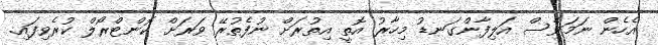
އެހެން ނަމަވެސް އަލިފާންގަނޑު މިހާރު އޮތީ އިތުރަށް ނުފެތުރޭ ވަރަށް ކޮންޓްރޯލް ކުރެވިފައި.